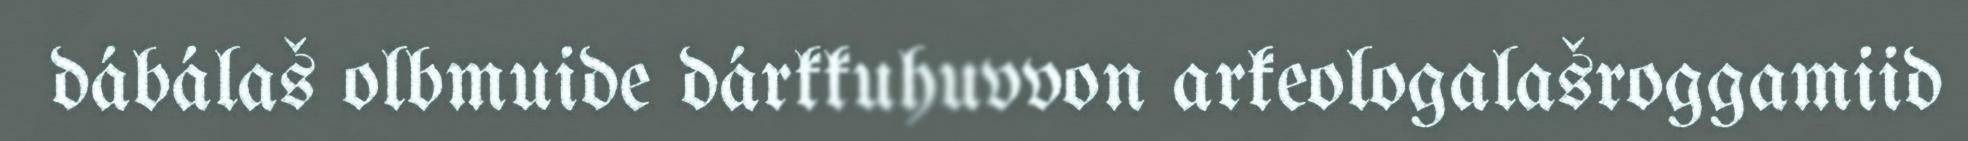
dábálaš olbmuide dárkkuhuvvon arkeologalašroggamiid